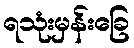
ရသုံးမှန်းခြေ